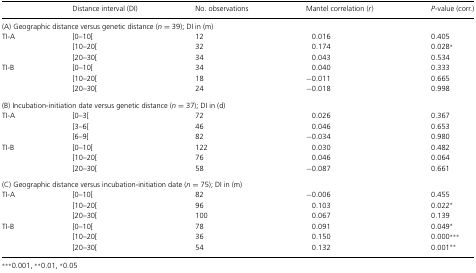
|  | Distance interval (DI) | No. observations | Mantel correlation (r) | P-value (corr.) |
 | --- | --- | --- | --- | --- |
 | <COLSPAN=5> (A) Geographic distance versus genetic distance (n= 39); DI in (m) |
 | TI-A | [0–10[ | 12 | 0.016 | 0.405 |
 |  | [10–20[ | 32 | 0.174 | 0.028* |
 |  | [20–30[ | 34 | 0.043 | 0.534 |
 | TI-B | [0–10[ | 34 | 0.040 | 0.333 |
 |  | [10–20[ | 18 | −0.011 | 0.665 |
 |  | [20–30[ | 24 | −0.018 | 0.998 |
 | <COLSPAN=5> (B) Incubation-initiation date versus genetic distance (n= 37); DI in (d) |
 | TI-A | [0–3[ | 72 | 0.026 | 0.367 |
 |  | [3–6[ | 46 | 0.046 | 0.653 |
 |  | [6–9[ | 82 | −0.034 | 0.980 |
 | TI-B | [0–10[ | 122 | 0.030 | 0.482 |
 |  | [10–20[ | 76 | 0.046 | 0.064 |
 |  | [20–30[ | 58 | −0.087 | 0.661 |
 | <COLSPAN=5> (C) Geographic distance versus incubation-initiation date (n= 75); DI in (m) |
 | TI-A | [0–10[ | 82 | −0.006 | 0.455 |
 |  | [10–20[ | 96 | 0.103 | 0.022* |
 |  | [20–30[ | 100 | 0.067 | 0.139 |
 | TI-B | [0–10[ | 78 | 0.091 | 0.049* |
 |  | [10–20[ | 36 | 0.150 | 0.000*** |
 |  | [20–30[ | 54 | 0.132 | 0.001*** |